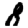
Digit: 8